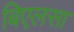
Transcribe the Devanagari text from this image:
बिएलसा